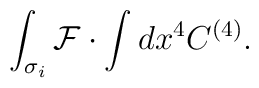
\int_{\sigma_i} {\cal F} \cdot \int dx^4 C^{(4)}.